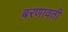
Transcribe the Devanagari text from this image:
बरणावती